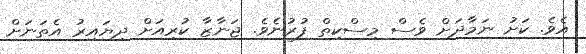
އެވެ. ކަށު ނަމާދަށް ވެސް މިސްކިތް ފުރުނެވެ. ޖަނާޒާ ކުރިއަށް ދިޔައިރު އެތަނަށް